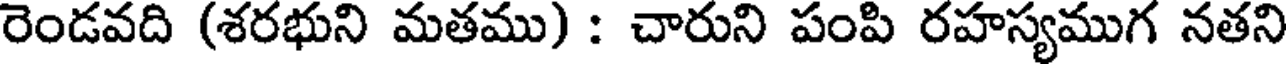
రెండవది (శరభుని మతము) : చారుని పంపి రహస్యముగ నతని